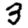
Digit: 3